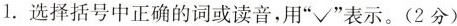
1.选择括号中正确的词或读音，用”√”表示。(2分)